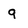
Character: g